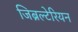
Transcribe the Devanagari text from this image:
जिब्रल्टेरियन